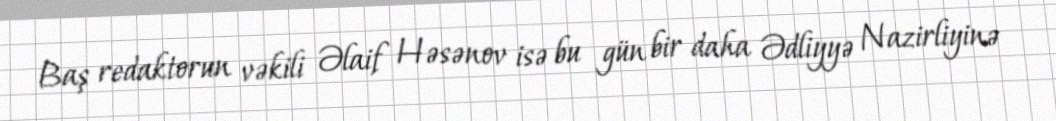
Baş redaktorun vəkili Əlaif Həsənov isə bu gün bir daha Ədliyyə Nazirliyinə